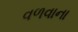
વળવાના